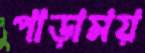
পাড়াময়